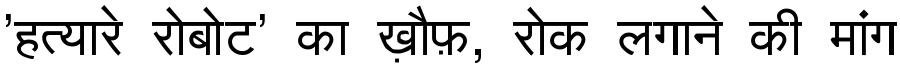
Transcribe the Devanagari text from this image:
'हत्यारे रोबोट' का ख़ौफ़, रोक लगाने की मांग